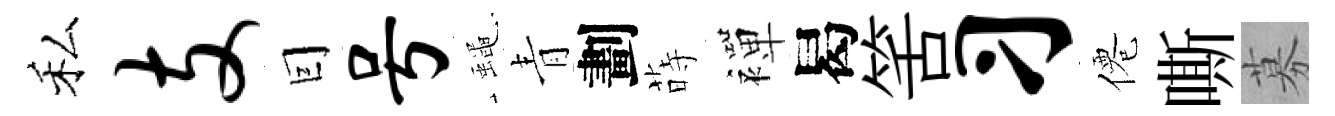
私支囙号蠅青劃蒔襌曷筈习僊嘶募